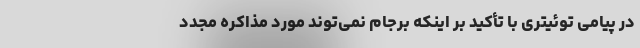
در پیامی توئیتری با تأکید بر اینکه برجام نمی‌توند مورد مذاکره مجدد